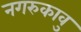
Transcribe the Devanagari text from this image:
नगरुकावु